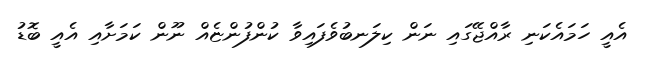
އެއީ ހަމައެކަނި ރާއްޖޭގައި ނަން ކިލަނބުވެފައިވާ ކުންފުންޏެއް ނޫން ކަމަށާއި އެއީ ބޮޑު